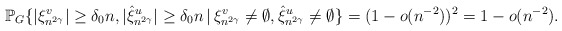
\begin{align*}\mathbb{P}_G\{|\xi^{v}_{n^{2\gamma}}|\geq \delta_0 n, |\hat{\xi}^{u}_{n^{2\gamma}}|\geq \delta_0 n\,|\,\xi^v_{n^{2\gamma}}\neq \emptyset, \hat{\xi}^u_{n^{2\gamma}}\neq \emptyset\}=(1-o(n^{-2}))^2=1-o(n^{-2}).\end{align*}